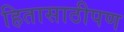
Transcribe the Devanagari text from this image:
हितासाठीपण